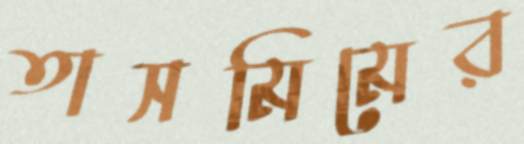
তাসমিমের